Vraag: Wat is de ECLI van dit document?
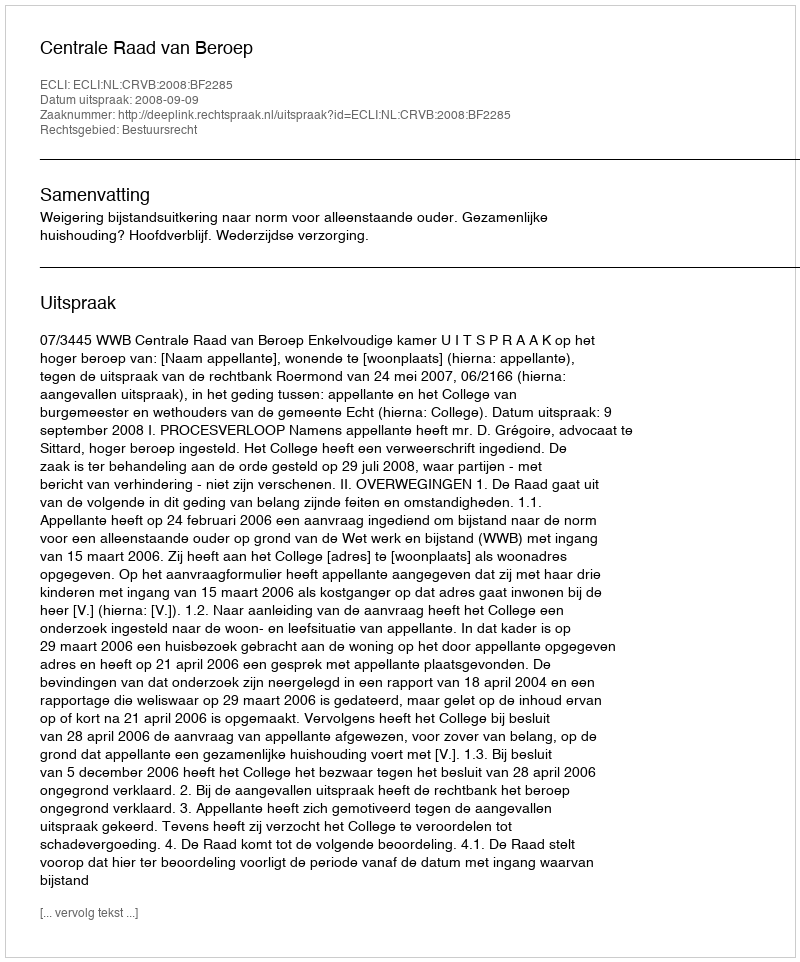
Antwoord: ECLI:NL:CRVB:2008:BF2285